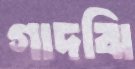
গাদঝি